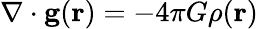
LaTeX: \nabla\cdot\mathbf{g}(\mathbf{r})=-4\pi G\rho(\mathbf{r})